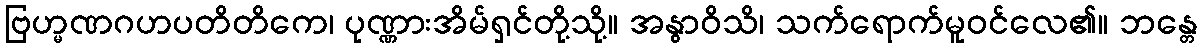
ဗြဟ္မဏဂဟပတိတိကေ၊ ပုဏ္ဏားအိမ်ရှင်တို့သို့။ အနွာဝိသိ၊ သက်ရောက်မူဝင်လေ၏။ ဘန္တေ